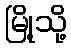
မြို့သို့